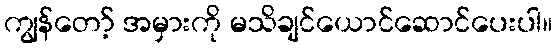
ကျွန်တော့် အမှားကို မသိချင်ယောင်ဆောင်ပေးပါ။